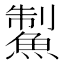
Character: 䱥